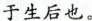
于生后也。